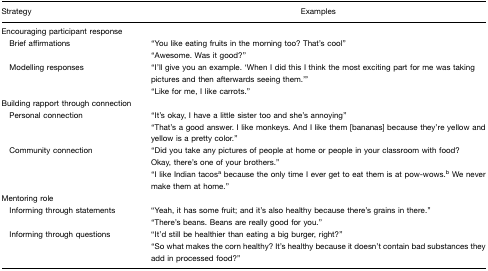
| Strategy | Examples |
 | --- | --- |
 | Encouraging participant response |  |
 | Brief affirmations | “You like eating fruits in the morning too? That's cool”“Awesome. Was it good?” |
 | Modelling responses | “I'll give you an example. ‘When I did this I think the most exciting part for me was taking pictures and then afterwards seeing them.’”“Like for me, I like carrots.” |
 | Building rapport through connection |  |
 | Personal connection | “It's okay, I have a little sister too and she's annoying”“That's a good answer. I like monkeys. And I like them [bananas] because they're yellow and yellow is a pretty color.” |
 | Community connection | “Did you take any pictures of people at home or people in your classroom with food? Okay, there's one of your brothers.”“I like Indian tacosa because the only time I ever get to eat them is at pow-wows.b We never make them at home.” |
 | Mentoring role |  |
 | Informing through statements | “Yeah, it has some fruit; and it's also healthy because there's grains in there.”“There's beans. Beans are really good for you.” |
 | Informing through questions | “It'd still be healthier than eating a big burger, right?”“So what makes the corn healthy? It's healthy because it doesn't contain bad substances they add in processed food?” |